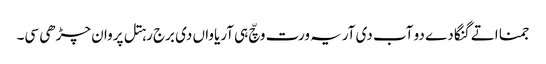
جمنا اتے گنگا دے دو آب دی آریہ ورت وچّ ہی آریاواں دی برج رہتل پروان چڑھی سی۔